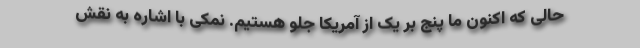
حالی که اکنون ما پنج بر یک از آمریکا جلو هستیم. نمکی با اشاره به نقش